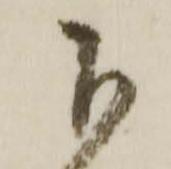
下